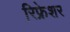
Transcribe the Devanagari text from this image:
रिफ्रेशर